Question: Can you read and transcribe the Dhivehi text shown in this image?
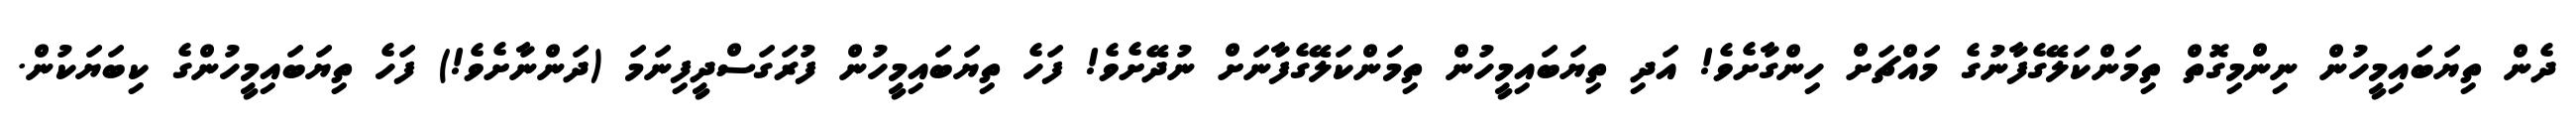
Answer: ދެން ތިޔަބައިމީހުން ނިންމިގޮތް ތިމަންކަލޭގެފާނުގެ މައްޗަށް ހިންގާށެވެ! އަދި ތިޔަބައިމީހުން ތިމަންކަލޭގެފާނަށް ނުދޭށެވެ! ފަހެ ތިޔަބައިމީހުން ފުރަގަސްދީފިނަމަ (ދަންނާށެވެ!) ފަހެ ތިޔަބައިމީހުންގެ ކިބަޔަކުން.